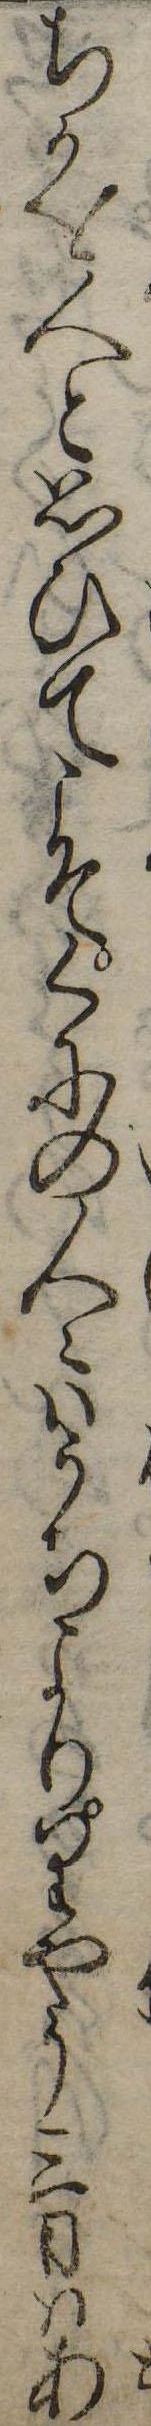
ちかを人と思ひてこそくにの人々はうちよりりやう三日はあ